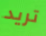
تريد